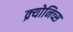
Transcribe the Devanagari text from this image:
क्र्योनिच्स